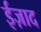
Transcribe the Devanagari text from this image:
ईज़ाद